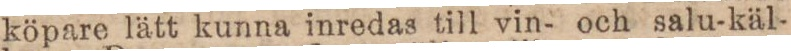
köpare lätt kunna inredas till vin- och salu-käl-